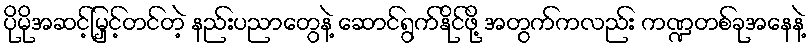
ပိုမိုအဆင့်မြှင့်တင်တဲ့ နည်းပညာတွေနဲ့ ဆောင်ရွက်နိုင်ဖို့ အတွက်ကလည်း ကဏ္ဍတစ်ခုအနေနဲ့